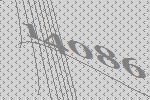
14086